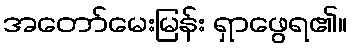
အတော်မေးမြန်း ရှာဖွေရ၏။